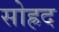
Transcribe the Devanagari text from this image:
सोह्रद